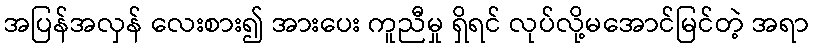
အပြန်အလှန် လေးစား၍ အားပေး ကူညီမှု ရှိရင် လုပ်လို့မအောင်မြင်တဲ့ အရာ